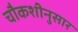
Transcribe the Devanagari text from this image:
चौकशीनुसार